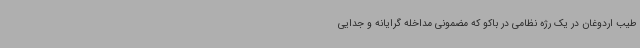
طیب اردوغان در یک رژه نظامی در باکو که مضمونی مداخله گرایانه و جدایی